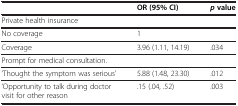
|  | OR (95% CI) | p value |
 | --- | --- | --- |
 | Private health insurance |  |  |
 | No coverage | 1 |  |
 | Coverage | 3.96 (1.11, 14.19) | .034 |
 | Prompt for medical consultation. |  |  |
 | ‘Thought the symptom was serious’ | 5.88 (1.48, 23.30) | .012 |
 | ‘Opportunity to talk during doctor visit for other reason | .15 (.04, .52) | .003 |